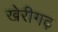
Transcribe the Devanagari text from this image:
खेरीगढ़